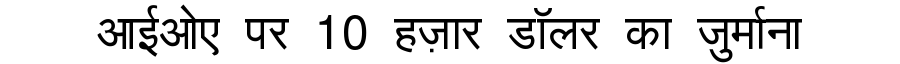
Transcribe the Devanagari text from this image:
आईओए पर 10 हज़ार डॉलर का जुर्माना